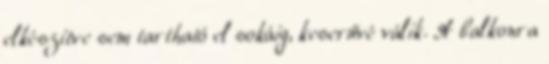
elkészítve sem tartható el sokáig, keserűvé válik. A balkonra